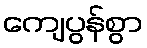
ကျေပွန်စွာ